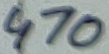
Text: 470